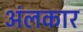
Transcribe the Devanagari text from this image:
अंलकार